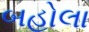
બહોલા